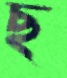
ছ